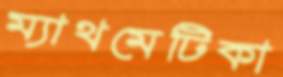
ম্যাথমেটিকা